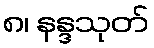
၈၊ နန္ဒသုတ်